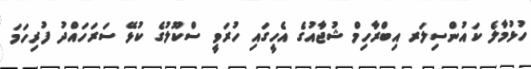
ހުޅުމާލެ ކައުންސިލަރ އިބްރާހިމް ޝުޖާއުގެ އެހީގައި ހުރަވީ ސްކޫލުގެ ކުޅޭ ސަރަހައްދު ފުރިހަމަ